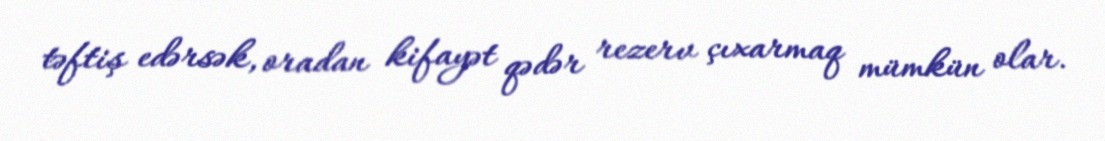
təftiş edərsək, oradan kifayət qədər rezerv çıxarmaq mümkün olar.